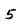
Character: 5